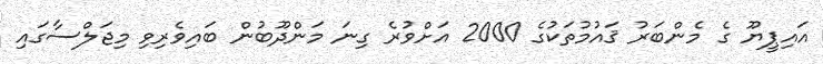
އައިޕީޔޫ ގެ މެންބަރު ޤައުމުތަކުގެ 2000 އަށްވުރެ ގިނަ މަންދޫބުން ބައިވެރިވި މިޖަލްސާގައި